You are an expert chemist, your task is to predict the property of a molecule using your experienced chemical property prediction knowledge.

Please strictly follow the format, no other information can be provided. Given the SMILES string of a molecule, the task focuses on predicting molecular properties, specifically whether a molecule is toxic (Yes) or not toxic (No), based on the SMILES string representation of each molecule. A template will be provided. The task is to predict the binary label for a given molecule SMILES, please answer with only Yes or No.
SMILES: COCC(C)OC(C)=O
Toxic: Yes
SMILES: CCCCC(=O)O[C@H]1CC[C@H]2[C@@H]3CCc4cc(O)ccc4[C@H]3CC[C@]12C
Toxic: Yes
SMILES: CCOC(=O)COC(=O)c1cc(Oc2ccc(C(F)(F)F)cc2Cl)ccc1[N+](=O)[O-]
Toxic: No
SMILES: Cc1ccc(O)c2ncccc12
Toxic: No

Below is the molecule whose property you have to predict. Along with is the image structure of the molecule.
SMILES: CCCCCCCCCCCCCCC[C@H](O)[C@@H](N)CO
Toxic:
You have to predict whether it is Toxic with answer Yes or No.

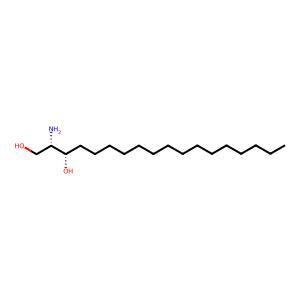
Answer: No